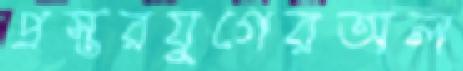
প্রস্তরযুগেরঅল